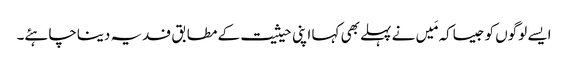
ایسے لوگوں کو جیساکہ مَیں نے پہلے بھی کہا اپنی حیثیت کے مطابق فدیہ دیناچاہئے۔